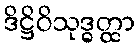
ဒိဋ္ဌိဝိသုဒ္ဓတ္ထာ